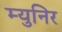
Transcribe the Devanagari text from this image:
म्युनिर